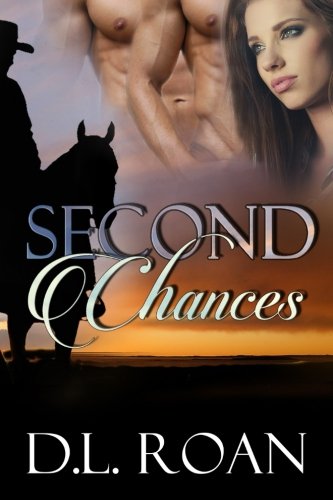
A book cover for Second Chances; D.L. Roan; Romance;